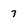
Character: 7